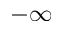
- \infty